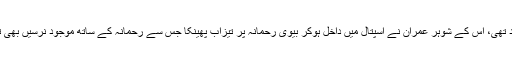
معمول کے مطابق، رحمانہ اسپتال میں ڈیوٹی پر نرسوں کےساتھ موجود تھی، اس کے شوہر عمران نے اسپتال میں داخل ہوکر بیوی رحمانہ پر تیزاب پھینکا جس سے رحمانہ کے ساتھ موجود نرسیں بھی تیزاب کی لپیٹ میں آگئیں اور ان کا چہرہ اور جسم بری طرح جھلس گیا۔